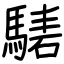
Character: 騞